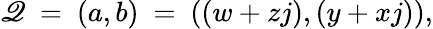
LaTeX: \mathscr{Q}\ =\ (a,b)\ =\ ((w+zj),(y+xj)),